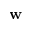
\mathbf { w }